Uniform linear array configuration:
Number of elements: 24
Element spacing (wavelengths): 0.75
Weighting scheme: cosine
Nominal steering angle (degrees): -60
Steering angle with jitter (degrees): -59.022
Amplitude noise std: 0.05
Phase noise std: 0.05

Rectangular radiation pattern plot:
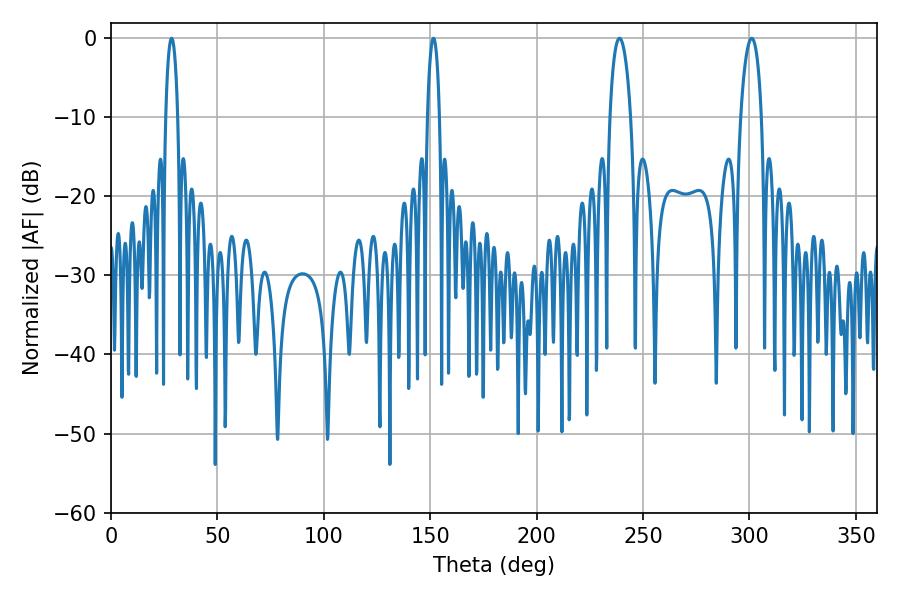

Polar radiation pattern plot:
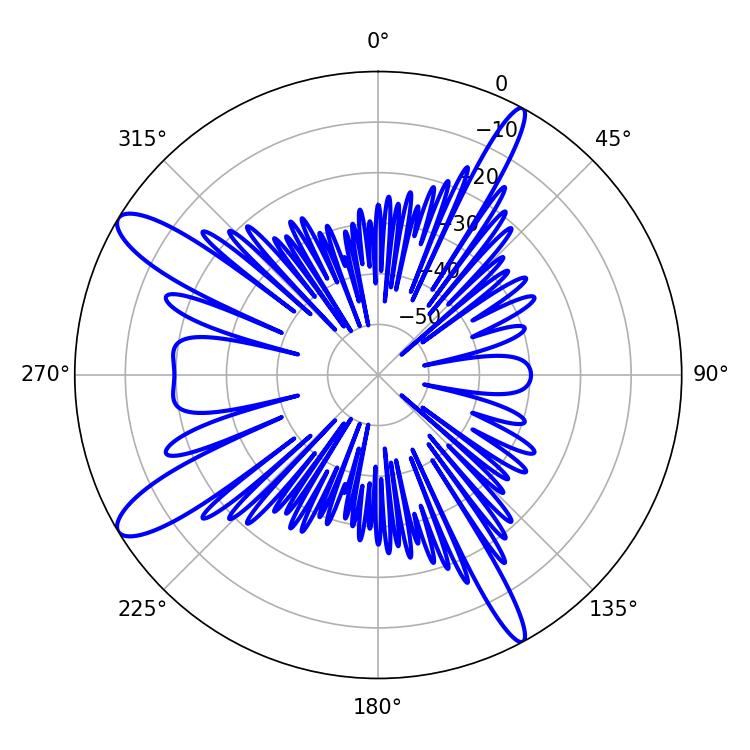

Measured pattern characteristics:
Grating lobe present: TRUE
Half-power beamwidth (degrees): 3.24
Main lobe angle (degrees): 28.44